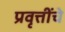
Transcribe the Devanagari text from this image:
प्रवृत्तींचे